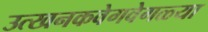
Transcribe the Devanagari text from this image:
उत्खनकवेगवेगळ्या